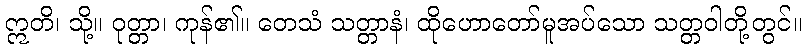
ဣတိ၊ သို့။ ဝုတ္တာ၊ ကုန်၏။ တေသံ သတ္တာနံ၊ ထိုဟောတော်မူအပ်သော သတ္တဝါတို့တွင်။